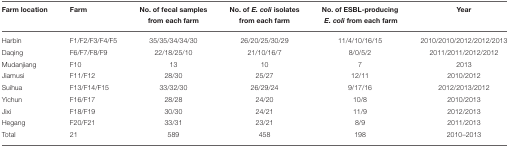
| Farm location | Farm | No. of fecal samples from each farm | No. of E. coli isolates from each farm | No. of ESBL-producing E. coli from each farm | Year |
 | --- | --- | --- | --- | --- | --- |
 | Harbin | F1/F2/F3/F4/F5 | 35/35/34/34/30 | 26/20/25/30/29 | 11/4/10/16/15 | 2010/2010/2012/2012/2013 |
 | Daqing | F6/F7/F8/F9 | 22/18/25/10 | 21/10/16/7 | 8/0/5/2 | 2011/2011/2012/2012 |
 | Mudanjiang | F10 | 13 | 10 | 7 | 2013 |
 | Jiamusi | F11/F12 | 28/30 | 25/27 | 12/11 | 2010/2012 |
 | Suihua | F13/F14/F15 | 33/32/30 | 26/29/24 | 9/17/16 | 2012/2013/2012 |
 | Yichun | F16/F17 | 28/28 | 24/20 | 10/8 | 2010/2013 |
 | Jixi | F18/F19 | 30/30 | 24/21 | 11/9 | 2012/2013 |
 | Hegang | F20/F21 | 33/31 | 23/21 | 8/9 | 2011/2013 |
 | Total | 21 | 589 | 458 | 198 | 2010–2013 |